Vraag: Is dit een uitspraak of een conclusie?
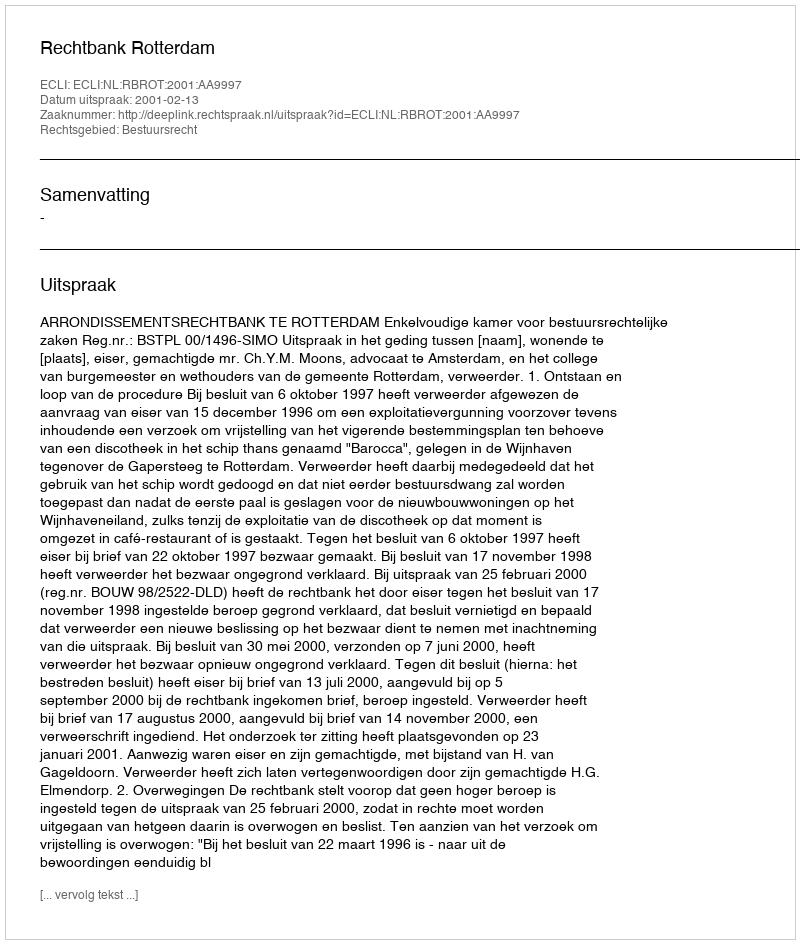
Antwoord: Uitspraak